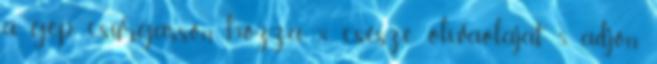
a gép, csurgasson hozzá ½ csésze olívaolajat 5. adjon